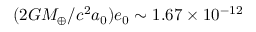
( 2 G M _ { \oplus } / c ^ { 2 } a _ { 0 } ) e _ { 0 } \sim 1 . 6 7 \times 1 0 ^ { - 1 2 }